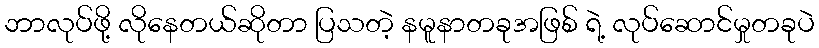
ဘာလုပ်ဖို့ လိုနေတယ်ဆိုတာ ပြသတဲ့ နမူနာတခုအဖြစ် ရဲ့ လုပ်ဆောင်မှုတခုပဲ